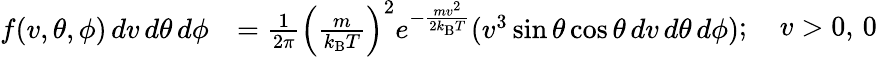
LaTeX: {\begin{array}{rl}{f(v,\theta,\phi)\, dv\, d\theta\, d\phi}&{={\frac{1}{2\pi}}\left({\frac{m}{k_{\mathrm{B}}T}}\right)^{2}e^{-{\frac{mv^{2}}{2k_{\mathrm{B}}T}}}(v^{3}\sin{\theta}\cos{\theta}\, dv\, d\theta\, d\phi)}\end{array}};\quad v>0,\, 0